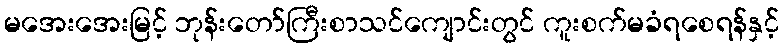
မအေးအေးမြင့် ဘုန်းတော်ကြီးစာသင်ကျောင်းတွင် ကူးစက်မခံရစေရန်နှင့်